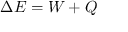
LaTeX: \Delta { } E = W + Q